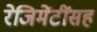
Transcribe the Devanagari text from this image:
रेजिमेंटींसह